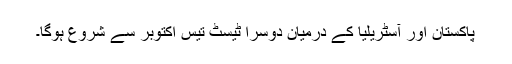
پاکستان اور آسٹریلیا کے درمیان دوسرا ٹیسٹ تیس اکتوبر سے شروع ہوگا۔